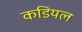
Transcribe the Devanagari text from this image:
कडियल